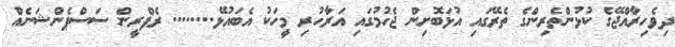
ދިވެހިރާއްޖޭގެ ކުޅުންތެރިންގެ ތެރޭގައި އުޅަބޮށިން ޖެހުމުގައި އަރާހުރި މީހަކު އެބައުޅޭ........ ރެފްރީން ސަސްޕެންޝަނެއް